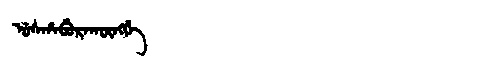
Manchu: ᡠᠰᡥᠠᠪᡠᡵᠠᡴᡡᠩᡤᡝ
Romanization: USHABURAKŪNGGE